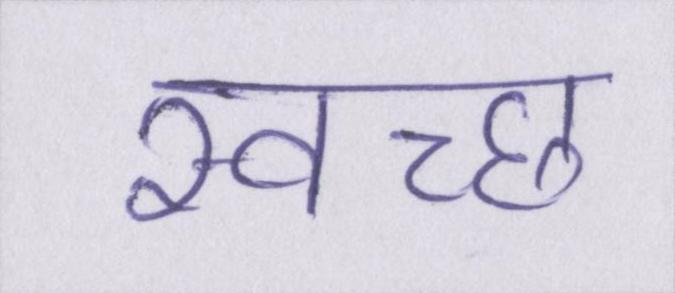
स्वच्छ